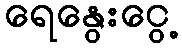
ရေနွေးငွေ့